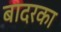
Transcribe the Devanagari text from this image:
बादरका